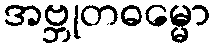
အဗ္ဘုတဓမ္မော